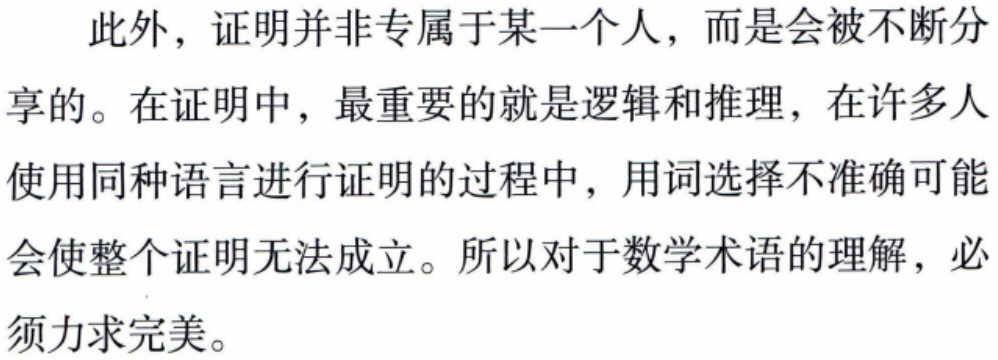
此外，证明并非专属于某一个人，而是会被不断分

享的。在证明中，最重要的就是逻辑和推理，在许多人

使用同种语言进行证明的过程中，用词选择不准确可能

会使整个证明无法成立。所以对于数学术语的理解，必

须力求完美。